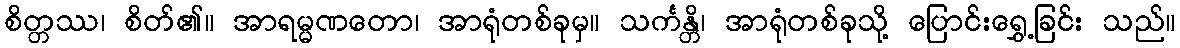
စိတ္တဿ၊ စိတ်၏။ အာရမ္မဏတော၊ အာရုံတစ်ခုမှ။ သင်္ကန္တိ၊ အာရုံတစ်ခုသို့ ပြောင်းရွှေ့ခြင်း သည်။